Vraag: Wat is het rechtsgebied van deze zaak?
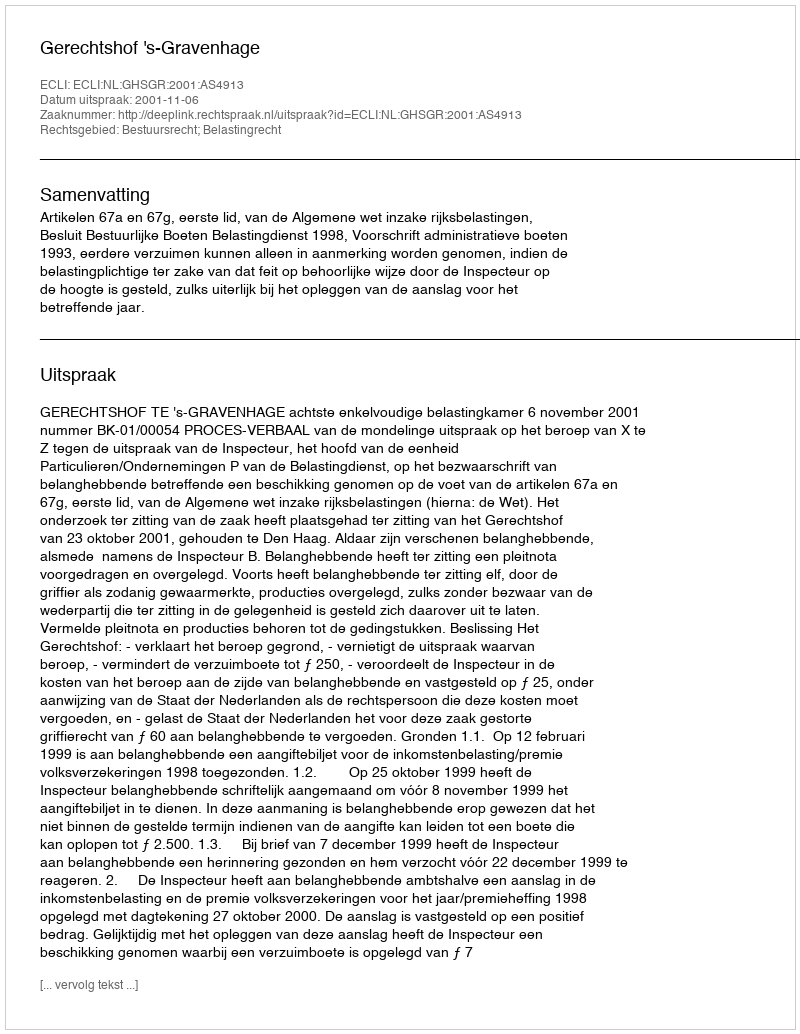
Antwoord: Bestuursrecht; Belastingrecht